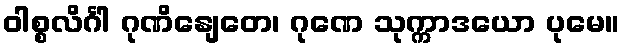
ဝါစ္စလိင်္ဂါ ဂုဏိနျေတေ၊ ဂုဏေ သုက္ကာဒယော ပုမေ။